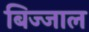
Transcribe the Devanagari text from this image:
बिज्जाल